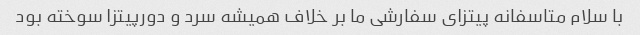
با سلام متاسفانه پیتزای سفارشی ما بر خلاف همیشه سرد و دورپیتزا سوخته بود